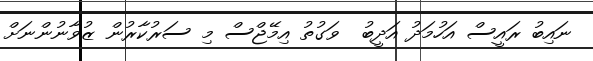
ނައިބު ރައީސް އަހުމަދު އަދީބު  ވަގުތު އިމޭޖްސް މި ސަރުކާރުން ޒުވާނުންނަށް